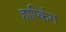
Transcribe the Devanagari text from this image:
हाप्किंग